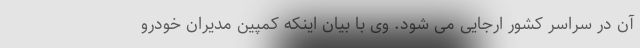
آن در سراسر کشور ارجایی می شود. وی با بیان اینکه کمپین مدیران خودرو